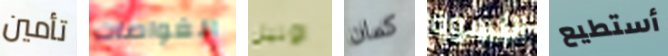
تأمين الغواصات اونيل كمان النسوة أستطيع